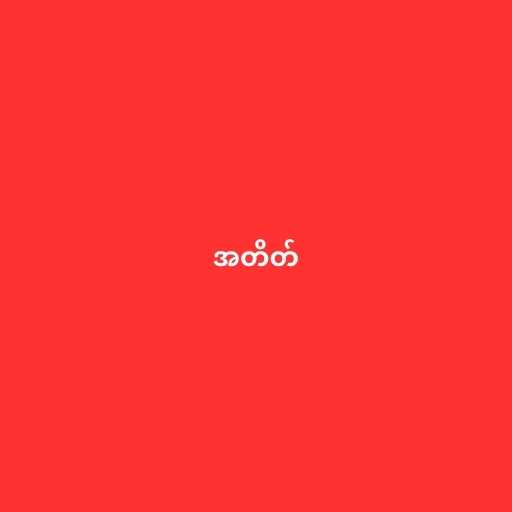
အတိတ်